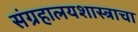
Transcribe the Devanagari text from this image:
संग्रहालयशास्त्राचा